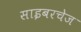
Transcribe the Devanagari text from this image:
साइबरचेज